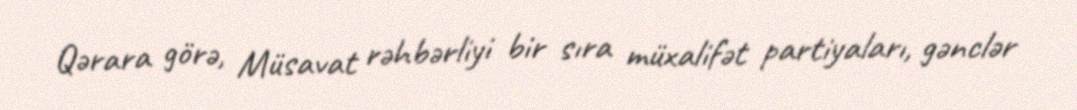
Qərara görə, Müsavat rəhbərliyi bir sıra müxalifət partiyaları, gənclər